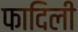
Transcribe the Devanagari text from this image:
फादिली